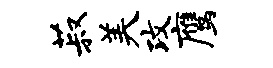
菽美攻鹰